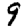
Digit: 9